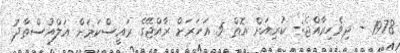
1978 - ދިވެހިރާއްޖެ:- ކުރިއަށް އޮތް 5 އަހަރަށް ރާއްޖޭގެ ރައީސްކަމަށް އަލްއުސްތާޛު